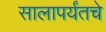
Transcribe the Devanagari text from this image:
सालापर्यंतचे